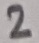
Text: 2